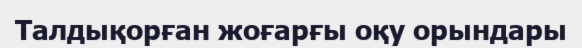
Талдықорған жоғарғы оқу орындары